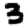
Digit: 3